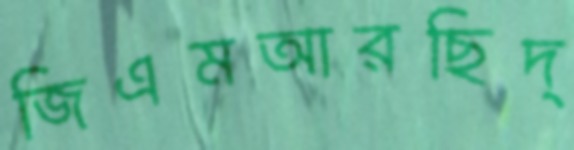
জিএমআরছিদ্